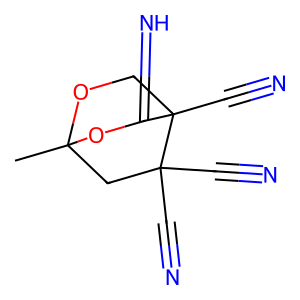
SMILES: CC12CC(C#N)(C#N)C(C#N)(CO1)C(=N)O2
Inhibits HIV replication: No